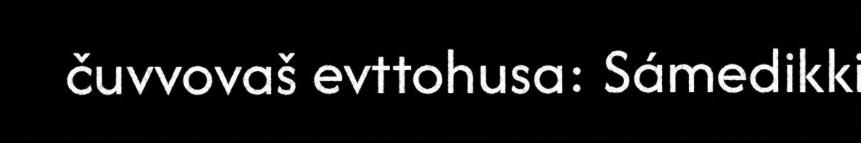
čuvvovaš evttohusa: Sámedikki